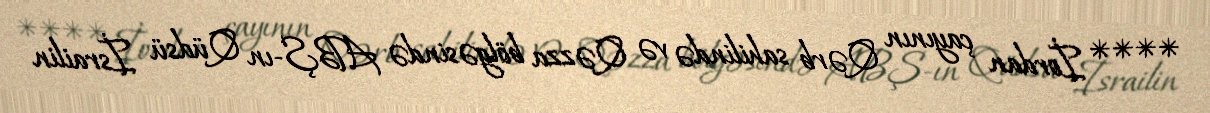
**** İordan çayının Qərb sahilində və Qəzza bölgəsində ABŞ-ın Qüdsü İsrailin